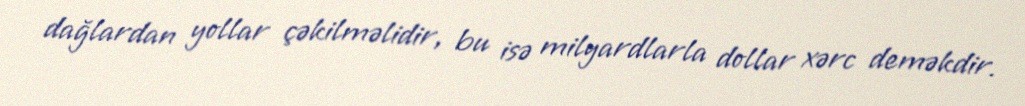
dağlardan yollar çəkilməlidir, bu isə milyardlarla dollar xərc deməkdir.